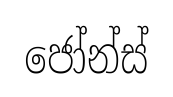
ජෝන්ස්